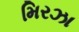
મિરઝા